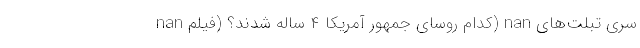
nan کدام روسای جمهور آمریکا ۴ ساله شدند؟ (فیلم) nan سری تبلت‌های